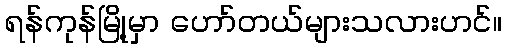
ရန်ကုန်မြို့မှာ ဟော်တယ်များသလားဟင်။